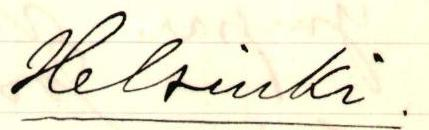
Helsinki